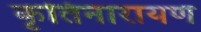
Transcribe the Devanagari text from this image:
कृतिनारायण